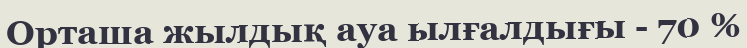
Орташа жылдық ауа ылғалдығы - 70 %